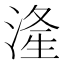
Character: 湰